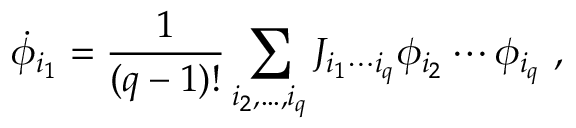
\dot { \phi } _ { i _ { 1 } } = \frac { 1 } { ( q - 1 ) ! } \sum _ { i _ { 2 } , \ldots , i _ { q } } J _ { i _ { 1 } \cdots i _ { q } } \phi _ { i _ { 2 } } \cdots \phi _ { i _ { q } } ~ ,